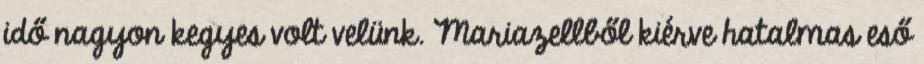
idő nagyon kegyes volt velünk. Mariazellből kiérve hatalmas eső